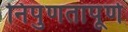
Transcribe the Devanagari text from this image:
निपुणतापूर्ण